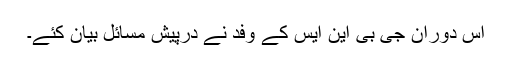
اس دوران جی بی این ایس کے وفد نے درپیش مسائل بیان کئے۔